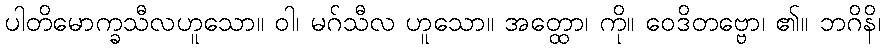
ပါတိမောက္ခသီလဟူသော။ ဝါ၊ မဂ်သီလ ဟူသော။ အတ္ထော၊ ကို။ ဝေဒိတဗ္ဗော၊ ၏။ ဘဂိနိ၊